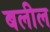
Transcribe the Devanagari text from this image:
बलील